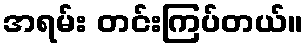
အရမ်း တင်းကြပ်တယ်။